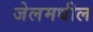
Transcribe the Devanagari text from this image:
जेलमधील